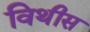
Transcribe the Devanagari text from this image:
विथीस